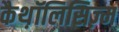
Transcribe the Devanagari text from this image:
कैथ़ॉलिसिज़्म